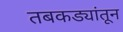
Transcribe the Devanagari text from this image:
तबकड्यांतून